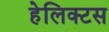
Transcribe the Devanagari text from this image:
हेलिक्टस